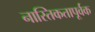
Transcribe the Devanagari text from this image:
नास्तिकतापूर्वक